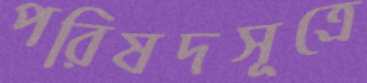
পরিষদসূত্রে